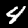
Digit: 4